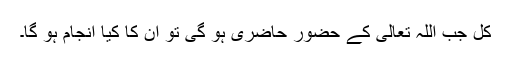
کل جب اللہ تعالیٰ کے حضور حاضری ہو گی تو ان کا کیا انجام ہو گا۔